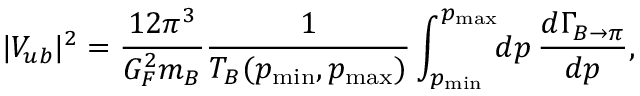
| V _ { u b } | ^ { 2 } = \frac { 1 2 \pi ^ { 3 } } { G _ { F } ^ { 2 } m _ { B } } \frac { 1 } { T _ { B } ( p _ { \mathrm { m i n } } , p _ { \mathrm { m a x } } ) } \int _ { p _ { \mathrm { m i n } } } ^ { p _ { \mathrm { m a x } } } \! \! d p \, \frac { d \Gamma _ { B \to \pi } } { d p } ,